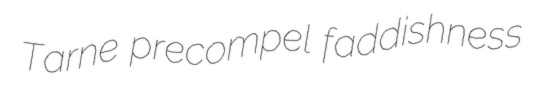
Tarne precompel faddishness